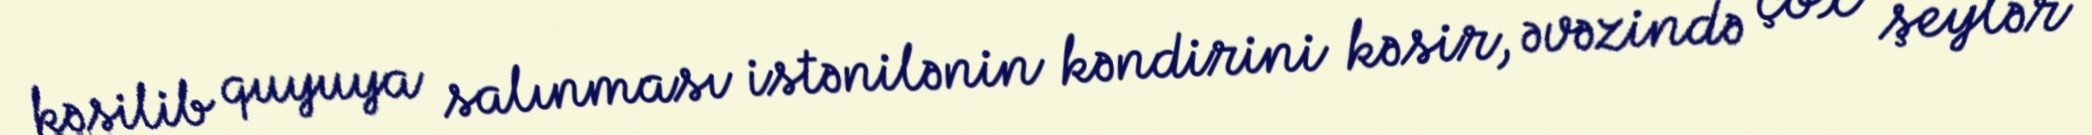
kəsilib quyuya salınması istənilənin kəndirini kəsir, əvəzində çox şeylər